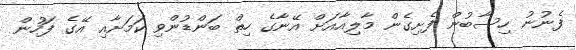
ފެނުނު ހިސާބުން ފެށިގެން މާލިއާއަށް އޭނާގެ ހިތް ބަންޑުންވި ކަމަށާއި އޭގެ ފަހުން